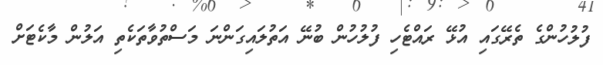
ފުލުހުންގެ ތެރޭގައި އުޅޭ ރައްޓެހި ފުލުހުން ބުނޭ އަތުލައިގަންނަ މަސްތުވާތަކެތި އަލުން މާކެޓަށް